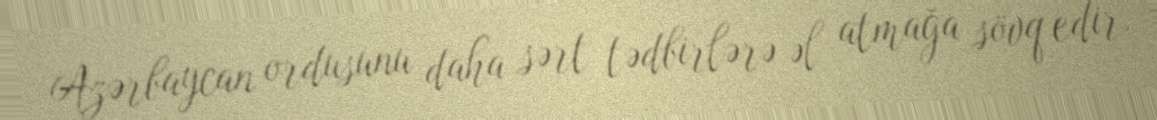
Azərbaycan ordusunu daha sərt tədbirlərə əl atmağa sövq edir.